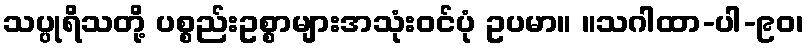
သပ္ပုရိသတို့ ပစ္စည်းဥစ္စာများအသုံးဝင်ပုံ ဥပမာ။ ။သဂါထာ-ပါ-၉၀၊